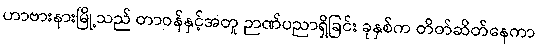
ဟာဗားနားမြို့သည် တာဝန်နှင့်အတူ ဉာဏ်ပညာရှိခြင်း ခုနှစ်က တိတ်ဆိတ်နေကာ